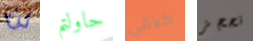
لن حاولتم كباقي نحجز